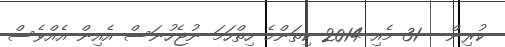
ކުރިން - 31 މެއި 2014 ކިތަންމެ ހިތްހަމަ ނުޖެހުނަސް އެއިން އެއްވެސް